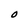
Character: O